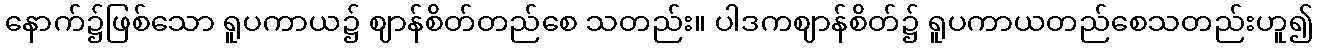
နောက်၌ဖြစ်သော ရူပကာယ၌ ဈာန်စိတ်တည်စေ သတည်း။ ပါဒကဈာန်စိတ်၌ ရူပကာယတည်စေသတည်းဟူ၍